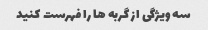
سه ویژگی از گربه ها را فهرست کنید